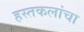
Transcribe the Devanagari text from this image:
हस्तकलांचा